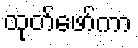
ထုတ်ဖော်ကာ